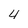
Character: 4